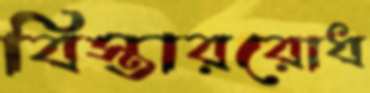
বিস্তাররোধ